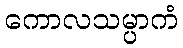
ကောလသမ္ပာကံ